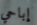
إباحي